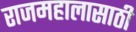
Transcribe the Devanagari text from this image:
राजमहालासाठी